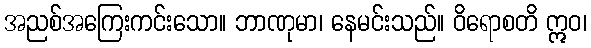
အညစ်အကြေးကင်းသော။ ဘာဏုမာ၊ နေမင်းသည်။ ဝိရောစတိ ဣဝ၊